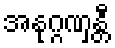
အနုဂ္ဂဏှန္တီ